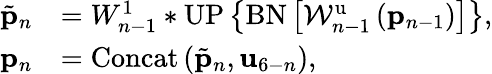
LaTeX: \begin{array}{rl}{\tilde{{\mathbf p}}_{n}}&{=W_{n-1}^{1}*\mathrm{UP}\left\{ \mathrm{BN}\left[\mathcal{W}_{n-1}^{\mathrm{u}}\left({\mathbf p}_{n-1}\right)\right]\right\} ,}\\ {{\mathbf p}_{n}}&{=\mathrm{Concat}\left(\tilde{{\mathbf p}}_{n},{\mathbf u}_{6-n}\right),}\end{array}